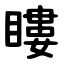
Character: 瞜